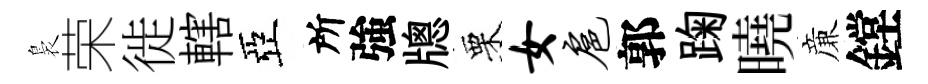
裊荣徙轄亞所強牕栗女扈郭踘曉亷鏜